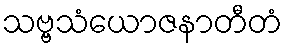
သဗ္ဗသံယောဇနာတီတံ